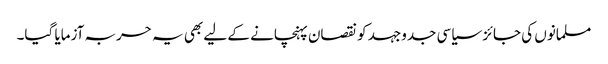
مسلمانوں کی جائز سیاسی جدوجہد کو نقصان پہنچانے کے لیے بھی یہ حربہ آزمایا گیا۔